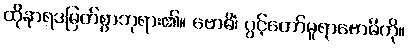
ထိုနာရဒမြတ်စွာဘုရား၏။ ဗောဓိံ၊ ပွင့်တော်မူရာဗောဓိကို။